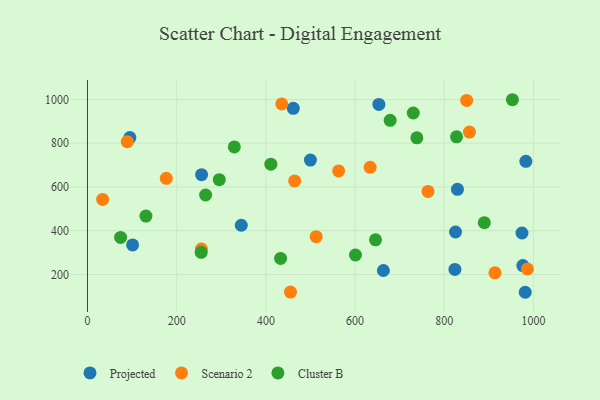
{"axis": {"x": "Investment", "y": "Fuel Efficiency"}, "legend": ["Cluster B", "Projected", "Scenario 2"], "data": [{"x": "976.1", "y": 240.5, "type": "Projected"}, {"x": "95.0", "y": 825.9, "type": "Projected"}, {"x": "344.8", "y": 425.0, "type": "Projected"}, {"x": "461.4", "y": 959.7, "type": "Projected"}, {"x": "825.2", "y": 394.2, "type": "Projected"}, {"x": "981.5", "y": 118.4, "type": "Projected"}, {"x": "101.1", "y": 335.2, "type": "Projected"}, {"x": "663.5", "y": 218.1, "type": "Projected"}, {"x": "829.5", "y": 589.3, "type": "Projected"}, {"x": "653.3", "y": 977.8, "type": "Projected"}, {"x": "499.8", "y": 722.9, "type": "Projected"}, {"x": "974.2", "y": 389.5, "type": "Projected"}, {"x": "823.8", "y": 222.9, "type": "Projected"}, {"x": "255.8", "y": 656.3, "type": "Projected"}, {"x": "982.9", "y": 717.4, "type": "Projected"}, {"x": "563.1", "y": 673.4, "type": "Scenario 2"}, {"x": "986.3", "y": 225.0, "type": "Scenario 2"}, {"x": "913.6", "y": 207.3, "type": "Scenario 2"}, {"x": "455.1", "y": 119.5, "type": "Scenario 2"}, {"x": "512.7", "y": 372.8, "type": "Scenario 2"}, {"x": "89.2", "y": 807.4, "type": "Scenario 2"}, {"x": "435.5", "y": 979.9, "type": "Scenario 2"}, {"x": "856.4", "y": 851.0, "type": "Scenario 2"}, {"x": "633.8", "y": 689.7, "type": "Scenario 2"}, {"x": "255.4", "y": 316.1, "type": "Scenario 2"}, {"x": "850.1", "y": 995.9, "type": "Scenario 2"}, {"x": "464.5", "y": 627.7, "type": "Scenario 2"}, {"x": "763.5", "y": 579.8, "type": "Scenario 2"}, {"x": "33.9", "y": 543.0, "type": "Scenario 2"}, {"x": "176.6", "y": 639.7, "type": "Scenario 2"}, {"x": "827.5", "y": 829.5, "type": "Cluster B"}, {"x": "730.4", "y": 938.3, "type": "Cluster B"}, {"x": "74.2", "y": 369.4, "type": "Cluster B"}, {"x": "254.9", "y": 301.1, "type": "Cluster B"}, {"x": "600.8", "y": 289.0, "type": "Cluster B"}, {"x": "264.8", "y": 563.4, "type": "Cluster B"}, {"x": "295.5", "y": 633.5, "type": "Cluster B"}, {"x": "678.6", "y": 904.7, "type": "Cluster B"}, {"x": "952.8", "y": 999.1, "type": "Cluster B"}, {"x": "411.1", "y": 704.3, "type": "Cluster B"}, {"x": "131.0", "y": 466.8, "type": "Cluster B"}, {"x": "432.9", "y": 273.3, "type": "Cluster B"}, {"x": "329.2", "y": 783.3, "type": "Cluster B"}, {"x": "738.5", "y": 824.8, "type": "Cluster B"}, {"x": "645.8", "y": 358.3, "type": "Cluster B"}, {"x": "889.7", "y": 436.8, "type": "Cluster B"}]}